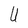
Character: U